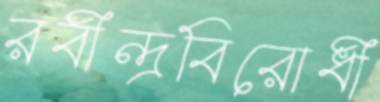
রবীন্দ্রবিরোধী